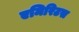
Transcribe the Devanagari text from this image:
एमिरिटस